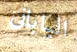
اليابانى